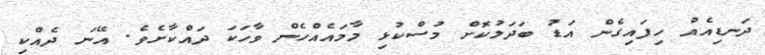
ދަނޑިއެއް ހިފައިގެން އަޑު ބަދަލުކޮށް މުސްކުޅި މާމައެއްހެން ވާހަކަ ދައްކާށެވެ. އޭނަ ދެއްކި